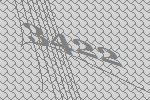
3422